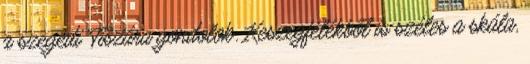
a szegedi Tiszára gondolok. Keszegfélékből is széles a skála,